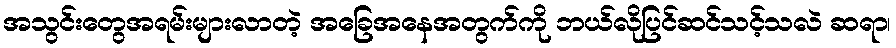
အသွင်းတွေအရမ်းများလာတဲ့ အခြေအနေအတွက်ကို ဘယ်လိုပြင်ဆင်သင့်သလဲ ဆရာ၊